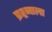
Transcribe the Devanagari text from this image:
प्रश्र्नाला